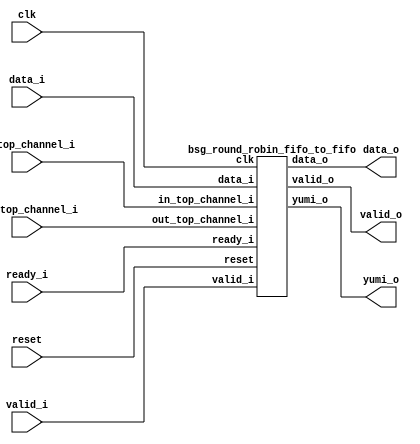


module top
(
  clk,
  reset,
  valid_i,
  data_i,
  yumi_o,
  in_top_channel_i,
  out_top_channel_i,
  valid_o,
  data_o,
  ready_i
);

  input [1:0] valid_i;
  input [31:0] data_i;
  output [1:0] yumi_o;
  input [0:0] in_top_channel_i;
  input [0:0] out_top_channel_i;
  output [0:0] valid_o;
  output [15:0] data_o;
  input [0:0] ready_i;
  input clk;
  input reset;

  bsg_round_robin_fifo_to_fifo
  wrapper
  (
    .valid_i(valid_i),
    .data_i(data_i),
    .yumi_o(yumi_o),
    .in_top_channel_i(in_top_channel_i),
    .out_top_channel_i(out_top_channel_i),
    .valid_o(valid_o),
    .data_o(data_o),
    .ready_i(ready_i),
    .clk(clk),
    .reset(reset)
  );


endmodule



module bsg_make_2D_array_width_p16_items_p1
(
  i,
  o
);

  input [15:0] i;
  output [15:0] o;
  wire [15:0] o;
  assign o[15] = i[15];
  assign o[14] = i[14];
  assign o[13] = i[13];
  assign o[12] = i[12];
  assign o[11] = i[11];
  assign o[10] = i[10];
  assign o[9] = i[9];
  assign o[8] = i[8];
  assign o[7] = i[7];
  assign o[6] = i[6];
  assign o[5] = i[5];
  assign o[4] = i[4];
  assign o[3] = i[3];
  assign o[2] = i[2];
  assign o[1] = i[1];
  assign o[0] = i[0];

endmodule



module bsg_rotate_right_width_p2
(
  data_i,
  rot_i,
  o
);

  input [1:0] data_i;
  input [0:0] rot_i;
  output [1:0] o;
  wire [1:0] o;
  wire SYNOPSYS_UNCONNECTED_1;
  assign { SYNOPSYS_UNCONNECTED_1, o } = { data_i[0:0], data_i[1:0] } >> rot_i[0];

endmodule



module bsg_circular_ptr_slots_p2_max_add_p1
(
  clk,
  reset_i,
  add_i,
  o,
  n_o
);

  input [0:0] add_i;
  output [0:0] o;
  output [0:0] n_o;
  input clk;
  input reset_i;
  wire [0:0] n_o,genblk1_genblk1_ptr_r_p1;
  wire N0,N1,N2,N3,N4,N5,N6;
  reg [0:0] o;
  assign genblk1_genblk1_ptr_r_p1[0] = o[0] ^ 1'b1;
  assign N5 = (N0)? 1'b0 : 
              (N1)? n_o[0] : 1'b0;
  assign N0 = reset_i;
  assign N1 = N4;
  assign n_o[0] = (N2)? genblk1_genblk1_ptr_r_p1[0] : 
                  (N3)? o[0] : 1'b0;
  assign N2 = add_i[0];
  assign N3 = N6;
  assign N4 = ~reset_i;
  assign N6 = ~add_i[0];

  always @(posedge clk) begin
    if(1'b1) begin
      { o[0:0] } <= { N5 };
    end 
  end


endmodule



module bsg_rr_f2f_input_width_p16_num_in_p2_middle_meet_p1
(
  clk,
  reset,
  valid_i,
  data_i,
  data_head_o,
  valid_head_o,
  go_channels_i,
  go_cnt_i,
  yumi_o
);

  input [1:0] valid_i;
  input [31:0] data_i;
  output [15:0] data_head_o;
  output [0:0] valid_head_o;
  input [0:0] go_channels_i;
  input [0:0] go_cnt_i;
  output [1:0] yumi_o;
  input clk;
  input reset;
  wire [15:0] data_head_o,data_head_o_flat_pretrunc;
  wire [0:0] valid_head_o,iptr_r,iptr_r_data;
  wire [1:0] yumi_o;
  wire SYNOPSYS_UNCONNECTED_1,SYNOPSYS_UNCONNECTED_2,SYNOPSYS_UNCONNECTED_3,
  SYNOPSYS_UNCONNECTED_4,SYNOPSYS_UNCONNECTED_5,SYNOPSYS_UNCONNECTED_6,
  SYNOPSYS_UNCONNECTED_7,SYNOPSYS_UNCONNECTED_8,SYNOPSYS_UNCONNECTED_9,SYNOPSYS_UNCONNECTED_10,
  SYNOPSYS_UNCONNECTED_11,SYNOPSYS_UNCONNECTED_12,SYNOPSYS_UNCONNECTED_13,
  SYNOPSYS_UNCONNECTED_14,SYNOPSYS_UNCONNECTED_15,SYNOPSYS_UNCONNECTED_16,SYNOPSYS_UNCONNECTED_17,
  SYNOPSYS_UNCONNECTED_18,SYNOPSYS_UNCONNECTED_19,SYNOPSYS_UNCONNECTED_20,
  SYNOPSYS_UNCONNECTED_21,SYNOPSYS_UNCONNECTED_22,SYNOPSYS_UNCONNECTED_23,
  SYNOPSYS_UNCONNECTED_24,SYNOPSYS_UNCONNECTED_25,SYNOPSYS_UNCONNECTED_26,SYNOPSYS_UNCONNECTED_27,
  SYNOPSYS_UNCONNECTED_28,SYNOPSYS_UNCONNECTED_29,SYNOPSYS_UNCONNECTED_30,
  SYNOPSYS_UNCONNECTED_31,SYNOPSYS_UNCONNECTED_32,SYNOPSYS_UNCONNECTED_33,
  SYNOPSYS_UNCONNECTED_34;
  wire [1:1] valid_head_o_pretrunc;

  bsg_make_2D_array_width_p16_items_p1
  bm2Da
  (
    .i(data_head_o_flat_pretrunc),
    .o(data_head_o)
  );


  bsg_rotate_right_width_p2
  valid_rr
  (
    .data_i(valid_i),
    .rot_i(iptr_r[0]),
    .o({ valid_head_o_pretrunc[1:1], valid_head_o[0:0] })
  );


  bsg_circular_ptr_slots_p2_max_add_p1
  c_ptr
  (
    .clk(clk),
    .reset_i(reset),
    .add_i(go_cnt_i[0]),
    .o(iptr_r[0]),
    .n_o(SYNOPSYS_UNCONNECTED_1)
  );


  bsg_circular_ptr_slots_p2_max_add_p1
  c_ptr_data
  (
    .clk(clk),
    .reset_i(reset),
    .add_i(go_cnt_i[0]),
    .o(iptr_r_data[0]),
    .n_o(SYNOPSYS_UNCONNECTED_2)
  );

  assign { yumi_o, SYNOPSYS_UNCONNECTED_3 } = { 1'b0, go_channels_i[0:0], 1'b0 } << iptr_r[0];
  assign { SYNOPSYS_UNCONNECTED_4, SYNOPSYS_UNCONNECTED_5, SYNOPSYS_UNCONNECTED_6, SYNOPSYS_UNCONNECTED_7, SYNOPSYS_UNCONNECTED_8, SYNOPSYS_UNCONNECTED_9, SYNOPSYS_UNCONNECTED_10, SYNOPSYS_UNCONNECTED_11, SYNOPSYS_UNCONNECTED_12, SYNOPSYS_UNCONNECTED_13, SYNOPSYS_UNCONNECTED_14, SYNOPSYS_UNCONNECTED_15, SYNOPSYS_UNCONNECTED_16, SYNOPSYS_UNCONNECTED_17, SYNOPSYS_UNCONNECTED_18, SYNOPSYS_UNCONNECTED_19, SYNOPSYS_UNCONNECTED_20, SYNOPSYS_UNCONNECTED_21, SYNOPSYS_UNCONNECTED_22, SYNOPSYS_UNCONNECTED_23, SYNOPSYS_UNCONNECTED_24, SYNOPSYS_UNCONNECTED_25, SYNOPSYS_UNCONNECTED_26, SYNOPSYS_UNCONNECTED_27, SYNOPSYS_UNCONNECTED_28, SYNOPSYS_UNCONNECTED_29, SYNOPSYS_UNCONNECTED_30, SYNOPSYS_UNCONNECTED_31, SYNOPSYS_UNCONNECTED_32, SYNOPSYS_UNCONNECTED_33, SYNOPSYS_UNCONNECTED_34, data_head_o_flat_pretrunc } = { data_i[14:0], data_i } >> { iptr_r_data[0:0], 1'b0, 1'b0, 1'b0, 1'b0 };

endmodule



module bsg_scan_width_p1_and_p1_lo_to_hi_p1
(
  i,
  o
);

  input [0:0] i;
  output [0:0] o;
  wire [0:0] o;
  assign o[0] = i[0];

endmodule



module bsg_thermometer_count_width_p1
(
  i,
  o
);

  input [0:0] i;
  output [0:0] o;
  wire [0:0] o;
  assign o[0] = i[0];

endmodule



module bsg_rr_f2f_middle_width_p16_middle_meet_p1
(
  valid_head_i,
  ready_head_i,
  go_channels_o,
  go_cnt_o
);

  input [0:0] valid_head_i;
  input [0:0] ready_head_i;
  output [0:0] go_channels_o;
  output [0:0] go_cnt_o;
  wire [0:0] go_channels_o,go_cnt_o,happy_channels;

  bsg_scan_width_p1_and_p1_lo_to_hi_p1
  and_scan
  (
    .i(happy_channels[0]),
    .o(go_channels_o[0])
  );


  bsg_thermometer_count_width_p1
  genblk1_genblk1_thermo
  (
    .i(go_channels_o[0]),
    .o(go_cnt_o[0])
  );

  assign happy_channels[0] = valid_head_i[0] & ready_head_i[0];

endmodule



module bsg_rotate_right_width_p1
(
  data_i,
  rot_i,
  o
);

  input [0:0] data_i;
  input [0:0] rot_i;
  output [0:0] o;
  wire [0:0] o;
  wire SYNOPSYS_UNCONNECTED_1;
  assign { SYNOPSYS_UNCONNECTED_1, o[0:0] } = { data_i[0:0], data_i[0:0] } >> rot_i[0];

endmodule



module bsg_circular_ptr_slots_p1_max_add_p1
(
  clk,
  reset_i,
  add_i,
  o,
  n_o
);

  input [0:0] add_i;
  output [0:0] o;
  output [0:0] n_o;
  input clk;
  input reset_i;
  wire [0:0] n_o;
  reg [0:0] o;
  assign n_o[0] = 1'b0;

  always @(posedge clk) begin
    if(1'b1) begin
      { o[0:0] } <= { 1'b0 };
    end 
  end


endmodule



module bsg_rr_f2f_output_width_p16_num_out_p1_middle_meet_p1
(
  clk,
  reset,
  ready_i,
  ready_head_o,
  go_channels_i,
  go_cnt_i,
  data_head_i,
  valid_o,
  data_o
);

  input [0:0] ready_i;
  output [0:0] ready_head_o;
  input [0:0] go_channels_i;
  input [0:0] go_cnt_i;
  input [15:0] data_head_i;
  output [0:0] valid_o;
  output [15:0] data_o;
  input clk;
  input reset;
  wire [0:0] ready_head_o,valid_o,optr_r;
  wire [15:0] data_o;
  wire N0,SYNOPSYS_UNCONNECTED_1,SYNOPSYS_UNCONNECTED_2,SYNOPSYS_UNCONNECTED_3;
  assign data_o[15] = data_head_i[15];
  assign data_o[14] = data_head_i[14];
  assign data_o[13] = data_head_i[13];
  assign data_o[12] = data_head_i[12];
  assign data_o[11] = data_head_i[11];
  assign data_o[10] = data_head_i[10];
  assign data_o[9] = data_head_i[9];
  assign data_o[8] = data_head_i[8];
  assign data_o[7] = data_head_i[7];
  assign data_o[6] = data_head_i[6];
  assign data_o[5] = data_head_i[5];
  assign data_o[4] = data_head_i[4];
  assign data_o[3] = data_head_i[3];
  assign data_o[2] = data_head_i[2];
  assign data_o[1] = data_head_i[1];
  assign data_o[0] = data_head_i[0];

  bsg_rotate_right_width_p1
  ready_rr
  (
    .data_i(ready_i[0]),
    .rot_i(optr_r[0]),
    .o(ready_head_o[0])
  );

  assign { valid_o[0:0], SYNOPSYS_UNCONNECTED_1 } = { go_channels_i[0:0], go_channels_i[0:0] } << optr_r[0];

  bsg_circular_ptr_slots_p1_max_add_p1
  c_ptr
  (
    .clk(clk),
    .reset_i(reset),
    .add_i(go_cnt_i[0]),
    .o(optr_r[0]),
    .n_o(SYNOPSYS_UNCONNECTED_2)
  );


  bsg_circular_ptr_slots_p1_max_add_p1
  c_ptr_data
  (
    .clk(clk),
    .reset_i(reset),
    .add_i(go_cnt_i[0]),
    .o(N0),
    .n_o(SYNOPSYS_UNCONNECTED_3)
  );


endmodule



module bsg_round_robin_fifo_to_fifo
(
  clk,
  reset,
  valid_i,
  data_i,
  yumi_o,
  in_top_channel_i,
  out_top_channel_i,
  valid_o,
  data_o,
  ready_i
);

  input [1:0] valid_i;
  input [31:0] data_i;
  output [1:0] yumi_o;
  input [0:0] in_top_channel_i;
  input [0:0] out_top_channel_i;
  output [0:0] valid_o;
  output [15:0] data_o;
  input [0:0] ready_i;
  input clk;
  input reset;
  wire [1:0] yumi_o;
  wire [0:0] valid_o,go_channels,go_cnt,ready_head;
  wire [15:0] data_o,data_int_o,oc_0__out_chan_data_head_array;
  wire N0,yumi_int_o_1__1_,yumi_int_o_1__0_,N1,data_head_1__15_,data_head_1__14_,
  data_head_1__13_,data_head_1__12_,data_head_1__11_,data_head_1__10_,data_head_1__9_,
  data_head_1__8_,data_head_1__7_,data_head_1__6_,data_head_1__5_,data_head_1__4_,
  data_head_1__3_,data_head_1__2_,data_head_1__1_,data_head_1__0_,n_0_net_,
  valid_head_1__0_,n_2_net__0_,n_4_net__15_,n_4_net__14_,n_4_net__13_,n_4_net__12_,
  n_4_net__11_,n_4_net__10_,n_4_net__9_,n_4_net__8_,n_4_net__7_,n_4_net__6_,n_4_net__5_,
  n_4_net__4_,n_4_net__3_,n_4_net__2_,n_4_net__1_,n_4_net__0_,n_5_net_,N2;
  assign yumi_o[1] = (N1)? 1'b0 : 
                     (N0)? yumi_int_o_1__1_ : 1'b0;
  assign N0 = in_top_channel_i[0];
  assign yumi_o[0] = (N1)? 1'b0 : 
                     (N0)? yumi_int_o_1__0_ : 1'b0;

  bsg_make_2D_array_width_p16_items_p1
  bm2Da
  (
    .i(data_int_o),
    .o(data_o)
  );


  bsg_rr_f2f_input_width_p16_num_in_p2_middle_meet_p1
  ic_1__in_chan_bsg_rr_ff_in
  (
    .clk(clk),
    .reset(n_0_net_),
    .valid_i(valid_i),
    .data_i(data_i),
    .data_head_o({ data_head_1__15_, data_head_1__14_, data_head_1__13_, data_head_1__12_, data_head_1__11_, data_head_1__10_, data_head_1__9_, data_head_1__8_, data_head_1__7_, data_head_1__6_, data_head_1__5_, data_head_1__4_, data_head_1__3_, data_head_1__2_, data_head_1__1_, data_head_1__0_ }),
    .valid_head_o(valid_head_1__0_),
    .go_channels_i(go_channels[0]),
    .go_cnt_i(go_cnt[0]),
    .yumi_o({ yumi_int_o_1__1_, yumi_int_o_1__0_ })
  );


  bsg_rr_f2f_middle_width_p16_middle_meet_p1
  brrf2fm
  (
    .valid_head_i(n_2_net__0_),
    .ready_head_i(ready_head[0]),
    .go_channels_o(go_channels[0]),
    .go_cnt_o(go_cnt[0])
  );

  assign n_2_net__0_ = (N1)? 1'b0 : 
                       (N0)? valid_head_1__0_ : 1'b0;

  bsg_make_2D_array_width_p16_items_p1
  oc_0__out_chan_bm2Da
  (
    .i({ n_4_net__15_, n_4_net__14_, n_4_net__13_, n_4_net__12_, n_4_net__11_, n_4_net__10_, n_4_net__9_, n_4_net__8_, n_4_net__7_, n_4_net__6_, n_4_net__5_, n_4_net__4_, n_4_net__3_, n_4_net__2_, n_4_net__1_, n_4_net__0_ }),
    .o(oc_0__out_chan_data_head_array)
  );

  assign n_4_net__15_ = (N1)? 1'b0 : 
                        (N0)? data_head_1__15_ : 1'b0;
  assign n_4_net__14_ = (N1)? 1'b0 : 
                        (N0)? data_head_1__14_ : 1'b0;
  assign n_4_net__13_ = (N1)? 1'b0 : 
                        (N0)? data_head_1__13_ : 1'b0;
  assign n_4_net__12_ = (N1)? 1'b0 : 
                        (N0)? data_head_1__12_ : 1'b0;
  assign n_4_net__11_ = (N1)? 1'b0 : 
                        (N0)? data_head_1__11_ : 1'b0;
  assign n_4_net__10_ = (N1)? 1'b0 : 
                        (N0)? data_head_1__10_ : 1'b0;
  assign n_4_net__9_ = (N1)? 1'b0 : 
                       (N0)? data_head_1__9_ : 1'b0;
  assign n_4_net__8_ = (N1)? 1'b0 : 
                       (N0)? data_head_1__8_ : 1'b0;
  assign n_4_net__7_ = (N1)? 1'b0 : 
                       (N0)? data_head_1__7_ : 1'b0;
  assign n_4_net__6_ = (N1)? 1'b0 : 
                       (N0)? data_head_1__6_ : 1'b0;
  assign n_4_net__5_ = (N1)? 1'b0 : 
                       (N0)? data_head_1__5_ : 1'b0;
  assign n_4_net__4_ = (N1)? 1'b0 : 
                       (N0)? data_head_1__4_ : 1'b0;
  assign n_4_net__3_ = (N1)? 1'b0 : 
                       (N0)? data_head_1__3_ : 1'b0;
  assign n_4_net__2_ = (N1)? 1'b0 : 
                       (N0)? data_head_1__2_ : 1'b0;
  assign n_4_net__1_ = (N1)? 1'b0 : 
                       (N0)? data_head_1__1_ : 1'b0;
  assign n_4_net__0_ = (N1)? 1'b0 : 
                       (N0)? data_head_1__0_ : 1'b0;

  bsg_rr_f2f_output_width_p16_num_out_p1_middle_meet_p1
  oc_0__out_chan_bsg_rr_ff_out
  (
    .clk(clk),
    .reset(n_5_net_),
    .ready_i(ready_i[0]),
    .ready_head_o(ready_head[0]),
    .go_channels_i(go_channels[0]),
    .go_cnt_i(go_cnt[0]),
    .data_head_i(oc_0__out_chan_data_head_array),
    .valid_o(valid_o[0]),
    .data_o(data_int_o)
  );

  assign N2 = ~in_top_channel_i[0];
  assign N1 = ~in_top_channel_i[0];
  assign n_0_net_ = reset | N2;
  assign n_5_net_ = reset | out_top_channel_i[0];

endmodule